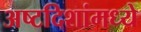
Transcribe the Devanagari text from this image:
अष्टदिशांमध्ये